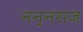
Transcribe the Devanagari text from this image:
नन्नराज